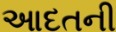
આદતની